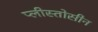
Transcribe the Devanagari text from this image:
प्लीस्तोसीन